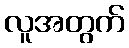
လူအတွက်